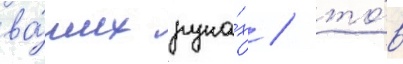
ва́ших рука́х / то́в